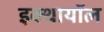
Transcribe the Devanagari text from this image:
इक्थायॉल